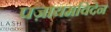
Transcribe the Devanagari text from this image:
पज़ायमविदेन